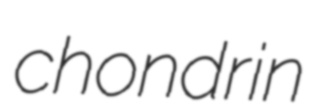
chondrin